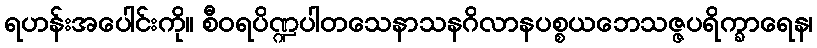
ရဟန်းအပေါင်းကို။ စီဝရပိဏ္ဍပါတသေနာသနဂိလာနပစ္စယဘေသဇ္ဇပရိက္ခာရေန၊